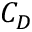
C _ { D }